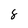
Character: 8